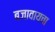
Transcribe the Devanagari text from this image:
बजावायचा